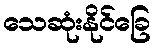
သေဆုံးနိုင်ခြေ